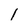
Character: l